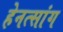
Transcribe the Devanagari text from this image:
हेनत्सांग